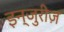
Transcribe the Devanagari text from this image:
इन्जुरीज़